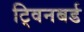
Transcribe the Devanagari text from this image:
ट्विनबर्ड